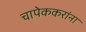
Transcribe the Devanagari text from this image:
चापेककरांना